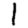
Digit: 1